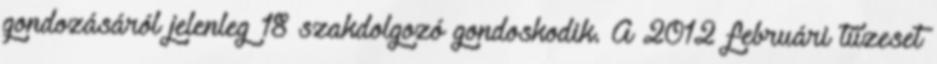
gondozásáról jelenleg 18 szakdolgozó gondoskodik. A 2012 februári tűzeset